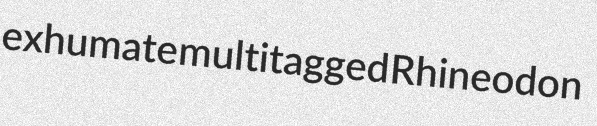
exhumate multitagged Rhineodon